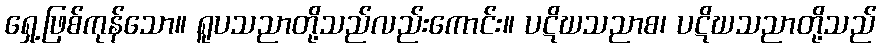
ရှေ့ဖြစ်ကုန်သော။ ရူပသညာတို့သည်လည်းကောင်း။ ပဋိဃသညာစ၊ ပဋိဃသညာတို့သည်